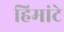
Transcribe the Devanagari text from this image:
हिमांटे